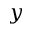
y